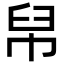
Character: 帠